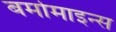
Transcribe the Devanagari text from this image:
बर्मामाइन्स